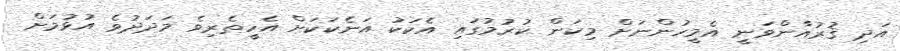
އަދި ޤުރުއާންވަނީ އެމީހުންނަށް މިކަން ކުރުމުގައި އެކަކު އަނެކަކަށް އެހީތެރިވެ މަދަދުވެ އުޅުމަށް